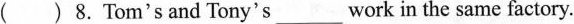
( ) 8. Tom's and Tony's ___ work in the same factory.